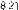
8.21